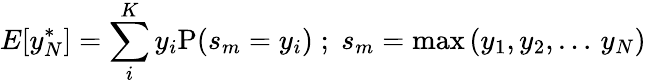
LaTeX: E[y_{N}^{*}]=\sum_{i}^{K}y_{i}\textrm{P}(s_{m}=y_{i})\; ;\; s_{m}=\textrm{max}\left(y_{1},y_{2},\ldots\, y_{N}\right)